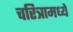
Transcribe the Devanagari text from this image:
चरित्रामध्ये